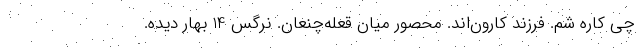
چی کاره شم. فرزند کارون‌اند. محصور میان قعله‌چنعان. نرگس 14 بهار دیده.